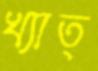
খ্যাত্